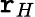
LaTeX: \mathtt{r}_{H}